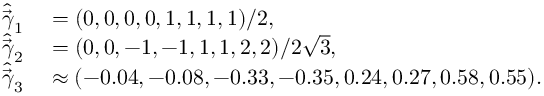
\begin{array} { r l } { \widehat { \vec { \gamma } } _ { 1 } } & { { } = ( 0 , 0 , 0 , 0 , 1 , 1 , 1 , 1 ) / 2 , } \\ { \widehat { \vec { \gamma } } _ { 2 } } & { { } = ( 0 , 0 , - 1 , - 1 , 1 , 1 , 2 , 2 ) / 2 \sqrt { 3 } , } \\ { \widehat { \vec { \gamma } } _ { 3 } } & { { } \approx ( - 0 . 0 4 , - 0 . 0 8 , - 0 . 3 3 , - 0 . 3 5 , 0 . 2 4 , 0 . 2 7 , 0 . 5 8 , 0 . 5 5 ) . } \end{array}